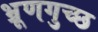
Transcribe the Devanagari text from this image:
भ्रूणगुच्छ